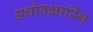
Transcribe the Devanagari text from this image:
अधोवक्षास्थि